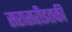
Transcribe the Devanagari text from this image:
सरासरीइतकी